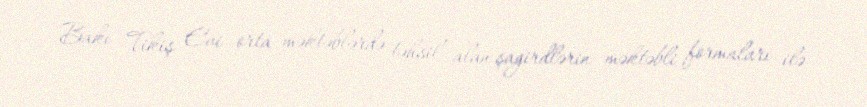
Bakı Tikiş Evi orta məktəblərdə təhsil alan şagirdlərin məktəbli formaları ilə